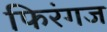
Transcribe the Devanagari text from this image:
फिरंगज